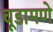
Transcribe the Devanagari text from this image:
चूडामणे